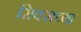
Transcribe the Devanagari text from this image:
सिक्सच्या